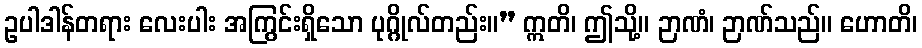
ဥပါဒါန်တရား လေးပါး အကြွင်းရှိသော ပုဂ္ဂိုလ်တည်း။” ဣတိ၊ ဤသို့။ ဉာဏံ၊ ဉာဏ်သည်။ ဟောတိ၊